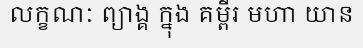
លក្ខណៈ ព្យាង្គ ក្នុង គម្ពីរ មហា យាន